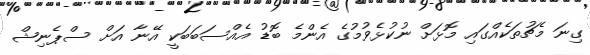
ގިނަ މެޗުތަކެއްގައި މޮޅަށް ނުކުޅެވުމުގެ އެންމެ ބޮޑު އެއްސަބަބަކީ އޭނާ އަށް ސްޕެނިޝް